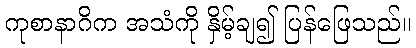
ကုစာနာဂိက အသံကို နှိမ့်ချ၍ ပြန်ဖြေသည်။